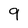
Character: 9